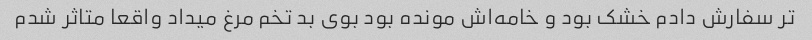
تر سفارش دادم خشک بود و خامه‌اش مونده بود بوی بد تخم مرغ میداد واقعا متاثر شدم